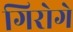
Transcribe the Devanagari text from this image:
गिरोगे